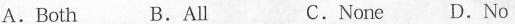
A.Both B.All C.None D.No